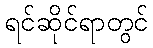
ရင်ဆိုင်ရာတွင်